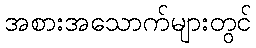
အစားအသောက်များတွင်